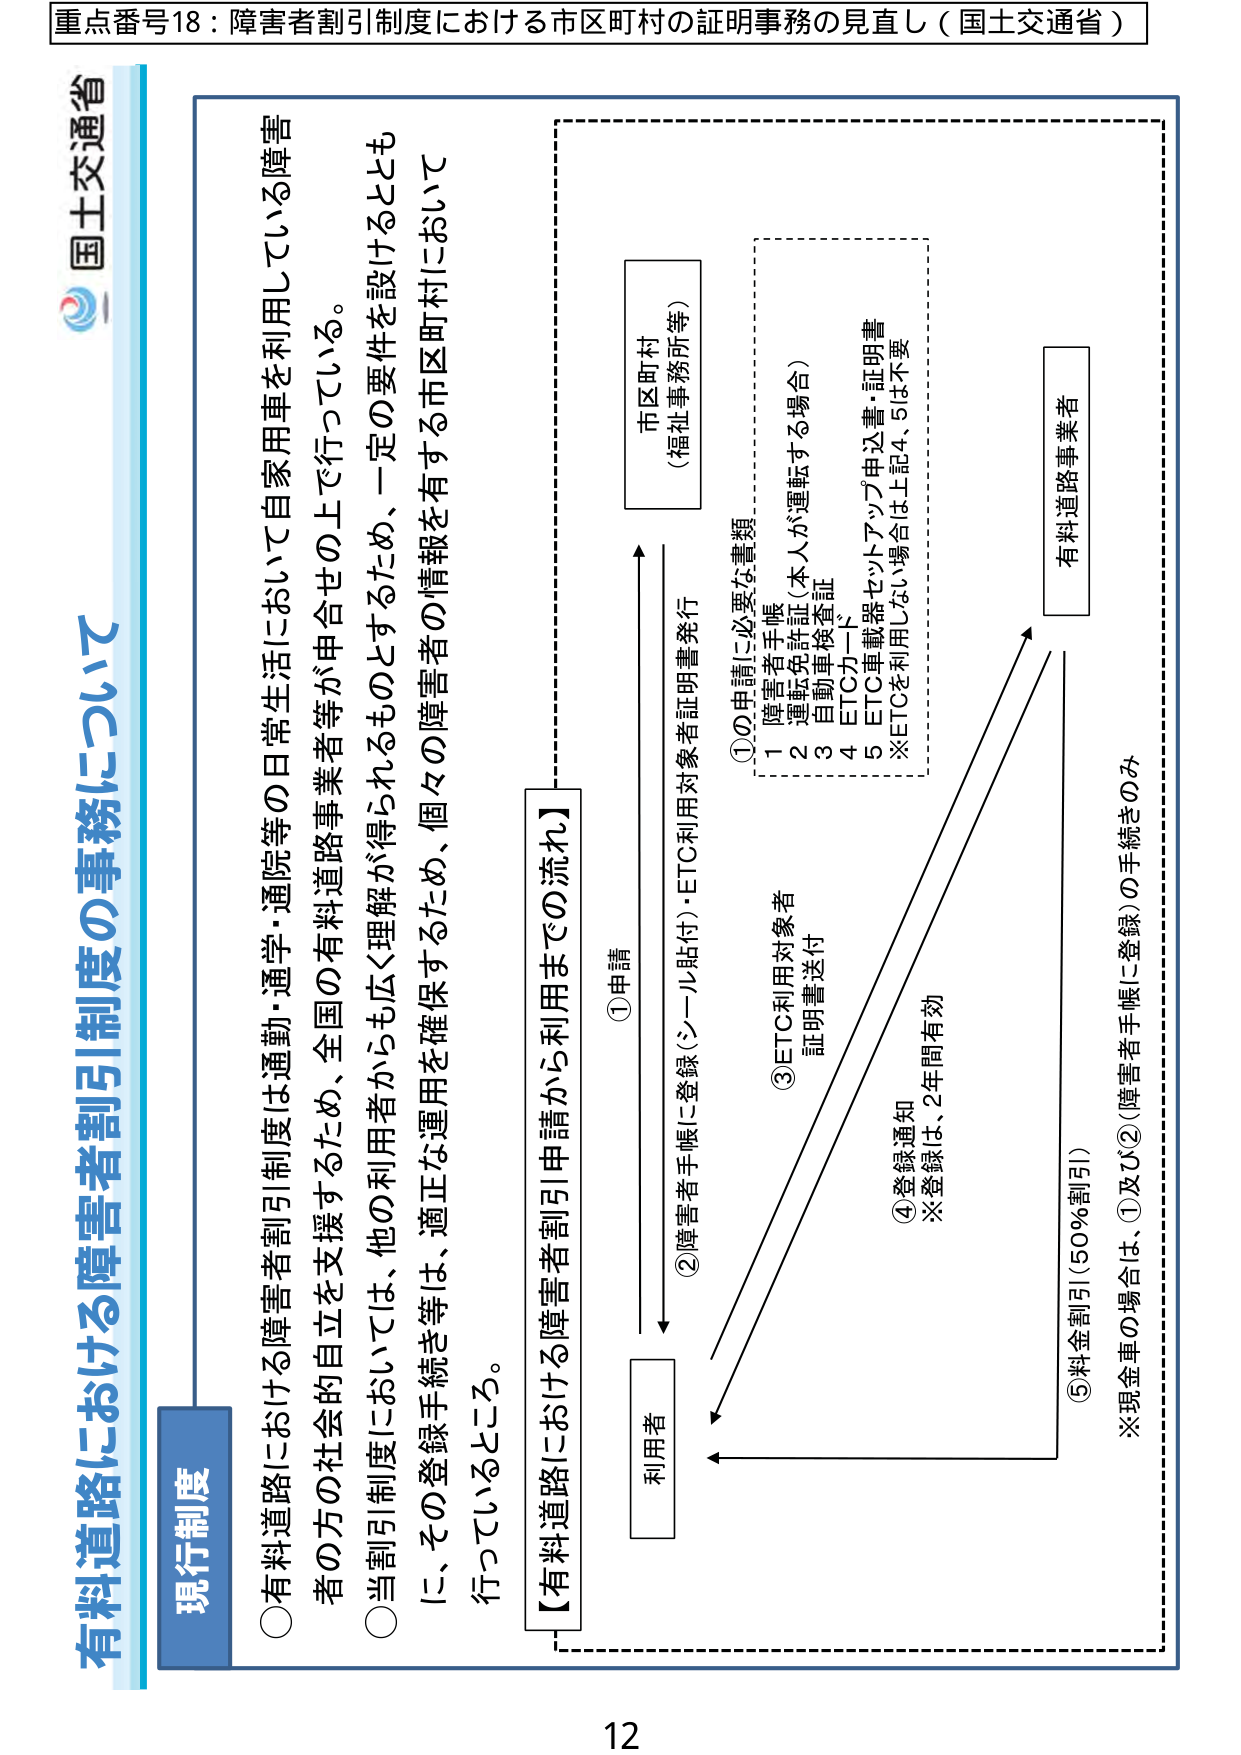
重点番号18：障害者割引制度における市区町村の証明事務の見直し（国土交通省）

国土交通省

有料道路における障害者割引制度の事務について

現行制度

○有料道路における障害者割引制度は通勤・通学・通院等の日常生活において自家用車を利用している障害者の方の社会的自立を支援するため、全国の有料道路事業者等が申合せの上で行っている。

○当割引制度においては、他の利用者からも広く理解が得られるものとするため、一定の要件を設けるとともに、その登録手続き等は、適正な運用を確保するため、個々の障害者の情報を有する市区町村において行っているところ。

【有料道路における障害者割引申請から利用までの流れ】

①申請
利用者 → 市区町村（福祉事務所等）

②障害者手帳に登録（シール貼付）・ETC利用対象者証明書発行

③ETC利用対象者証明書送付
①の申請に必要な書類
1 障害者手帳
2 運転免許証（本人が運転する場合）
3 自動車検査証
4 ETCカード
5 ETC車載器セットアップ申込書・証明書
※ETCを利用しない場合は上記4、5は不要

④登録通知
※登録は、2年間有効

⑤料金割引（50％割引）
※現金車の場合は、①及び②（障害者手帳に登録）の手続きのみ

有料道路事業者

12